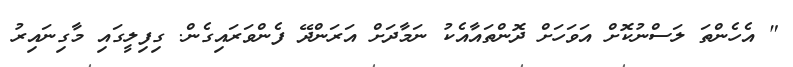
" އެހެންތަ ލަސްނުކޮށް އަވަހަށް ދޮންތައާއެކު ނަމާދަށް އަރަންދޭ ފެންވަރައިގެން. ގިފިލީގައި މާގިނައިރު